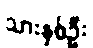
သားနှစ်ဦး